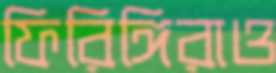
ফিরিঙ্গিরাও